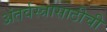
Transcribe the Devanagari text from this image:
अंतर्वस्त्रासाठीची